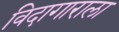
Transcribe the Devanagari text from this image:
विदागाराला